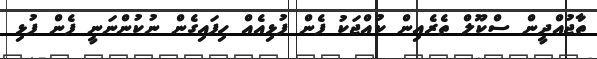
ތާޖުއްދީން ސްކޫލް ތެރެއިން ކުއްޖަކު ފެން ފުޅިއެއް ހިފައިގެން ނުކުންނަނީ ފެން ފުޅި